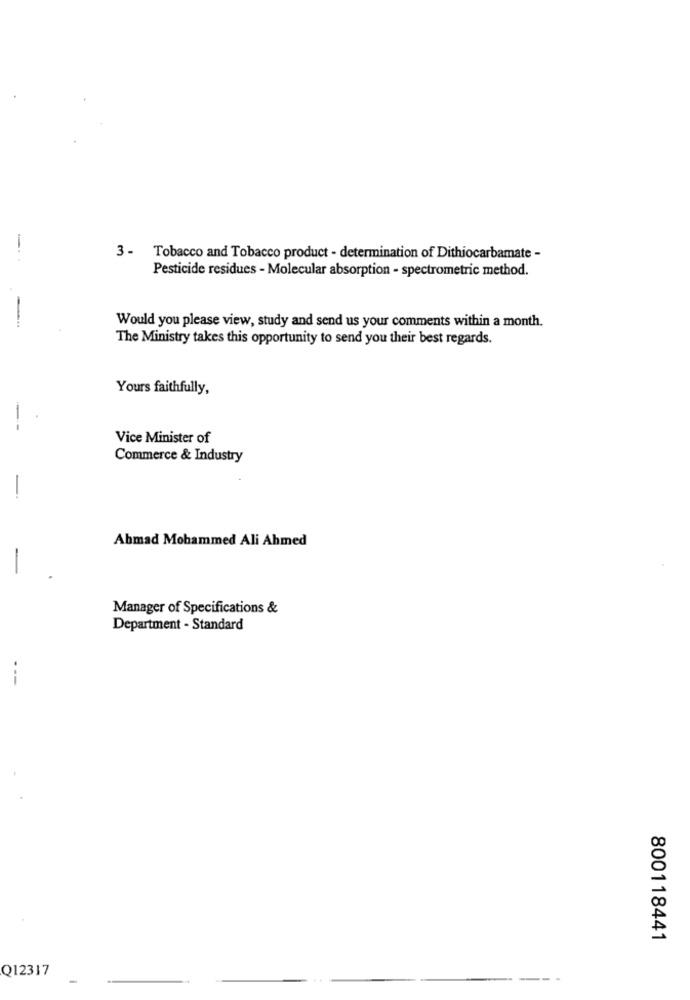
3 - Tobacco and Tobacco product - determination of Dithiocarbamate -
Pesticide residues - Molecular absorption - spectrometric method.
Would you please view, study and send us your comments within a month.
The Ministry takes this opportunity to send you their best regards.
Yours faithfully,
--
Vice Minister of
Commerce & Industry
Abmad Mohammed Ali Ahmed
-
Manager of Specifications &
Department - Standard
---
800118441
Q12317